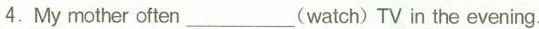
4.My mother often___(watch) TV in the evening.